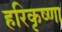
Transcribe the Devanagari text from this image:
हरिकृष्णा